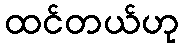
ထင်တယ်ဟု